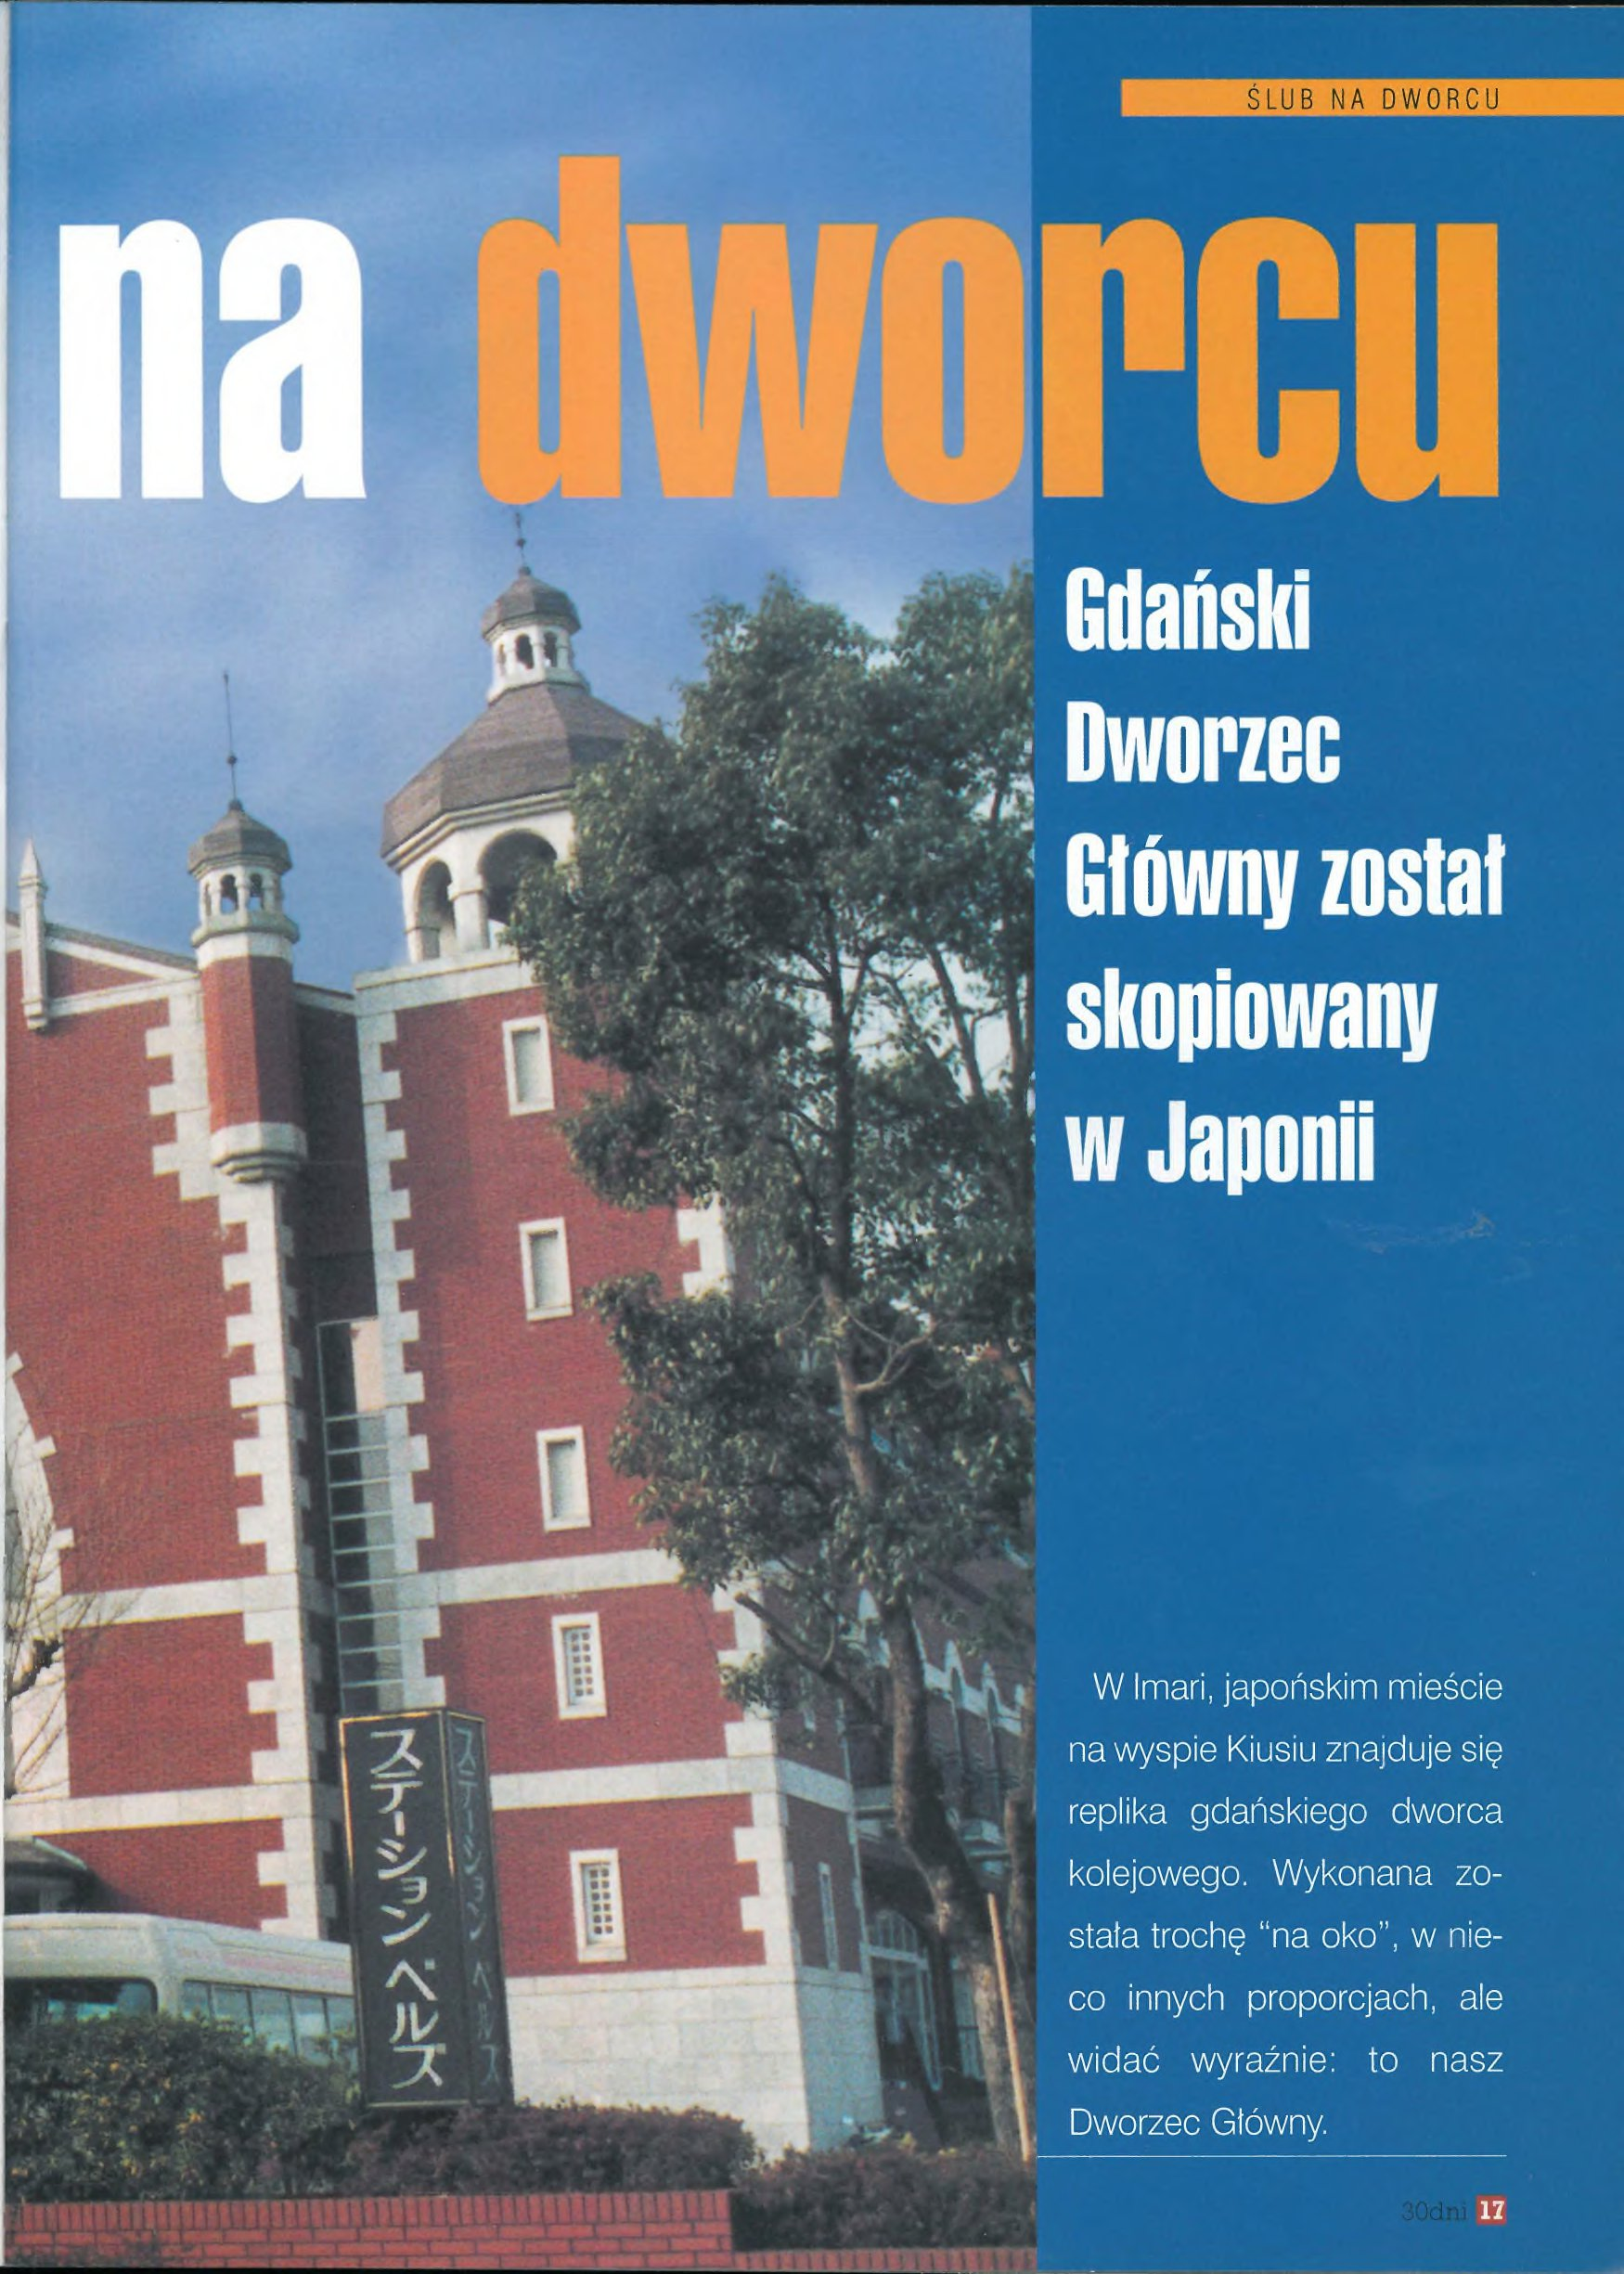
Language: pl